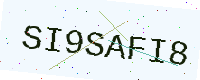
Text: SI9SAFI8